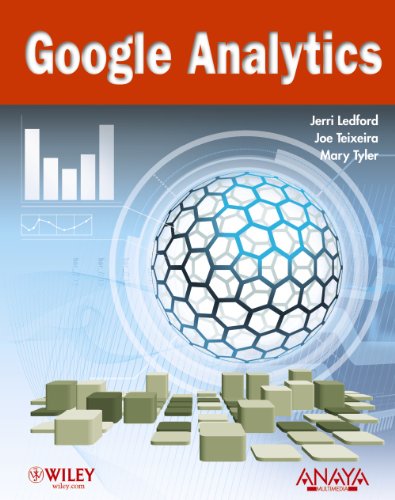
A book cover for Google Analytics (Spanish Edition); Jerri L. Ledford; Computers & Technology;